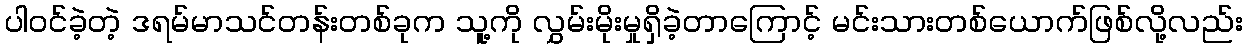
ပါဝင်ခဲ့တဲ့ ဒရမ်မာသင်တန်းတစ်ခုက သူ့ကို လွှမ်းမိုးမှုရှိခဲ့တာကြောင့် မင်းသားတစ်ယောက်ဖြစ်လို့လည်း